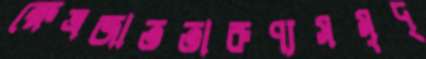
ক্ষেত্রজাততারুণ্যসমৃদ্